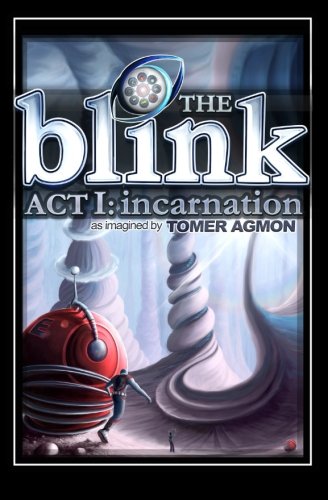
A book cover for The Blink Act I: Incarnation; Tomer Agmon; Science Fiction & Fantasy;